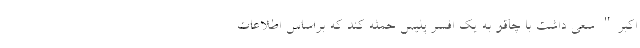
اکبر" سعی داشت با چاقو به یک افسر پلیس حمله کند که براساس اطلاعات